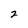
Character: 2